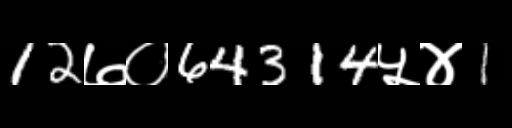
Text: 12७०64314५४1